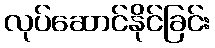
လုပ်ဆောင်နိုင်ခြင်း